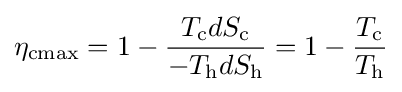
\eta _{\text{cmax}}=1-{\frac {T_{\mathrm {c} }dS_{\mathrm {c} }}{-T_{\mathrm {h} }dS_{\mathrm {h} }}}=1-{\frac {T_{\mathrm {c} }}{T_{\mathrm {h} }}}